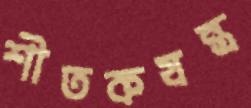
শীতকযন্ত্র